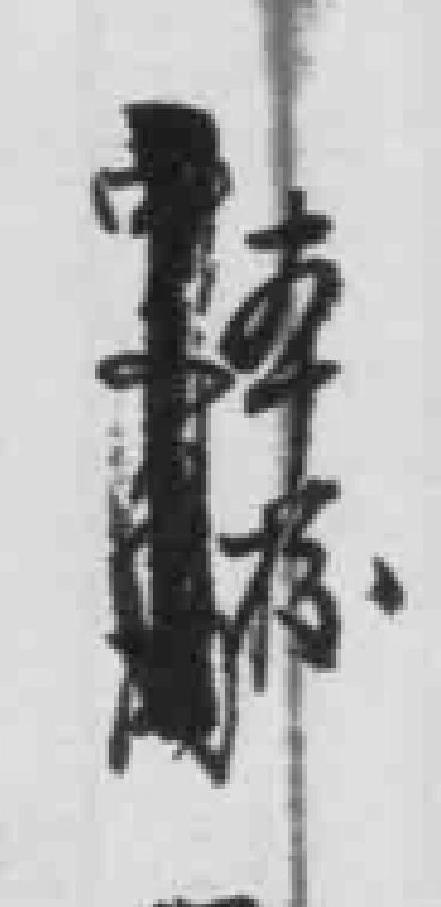
本校